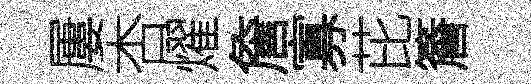
屢杏燿詹寡芘簷